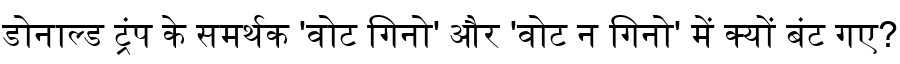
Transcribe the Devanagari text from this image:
डोनाल्ड ट्रंप के समर्थक 'वोट गिनो' और 'वोट न गिनो' में क्यों बंट गए?